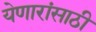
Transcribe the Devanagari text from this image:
येणारांसाठी